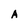
Character: A